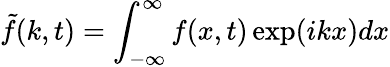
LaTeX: \tilde{f}(k,t)=\int_{-\infty}^{\infty}f(x,t)\exp(ikx)dx